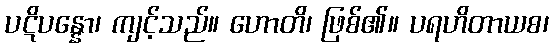
ပဋိပန္နော၊ ကျင့်သည်။ ဟောတိ၊ ဖြစ်၏။ ပရဟိတာယစ၊